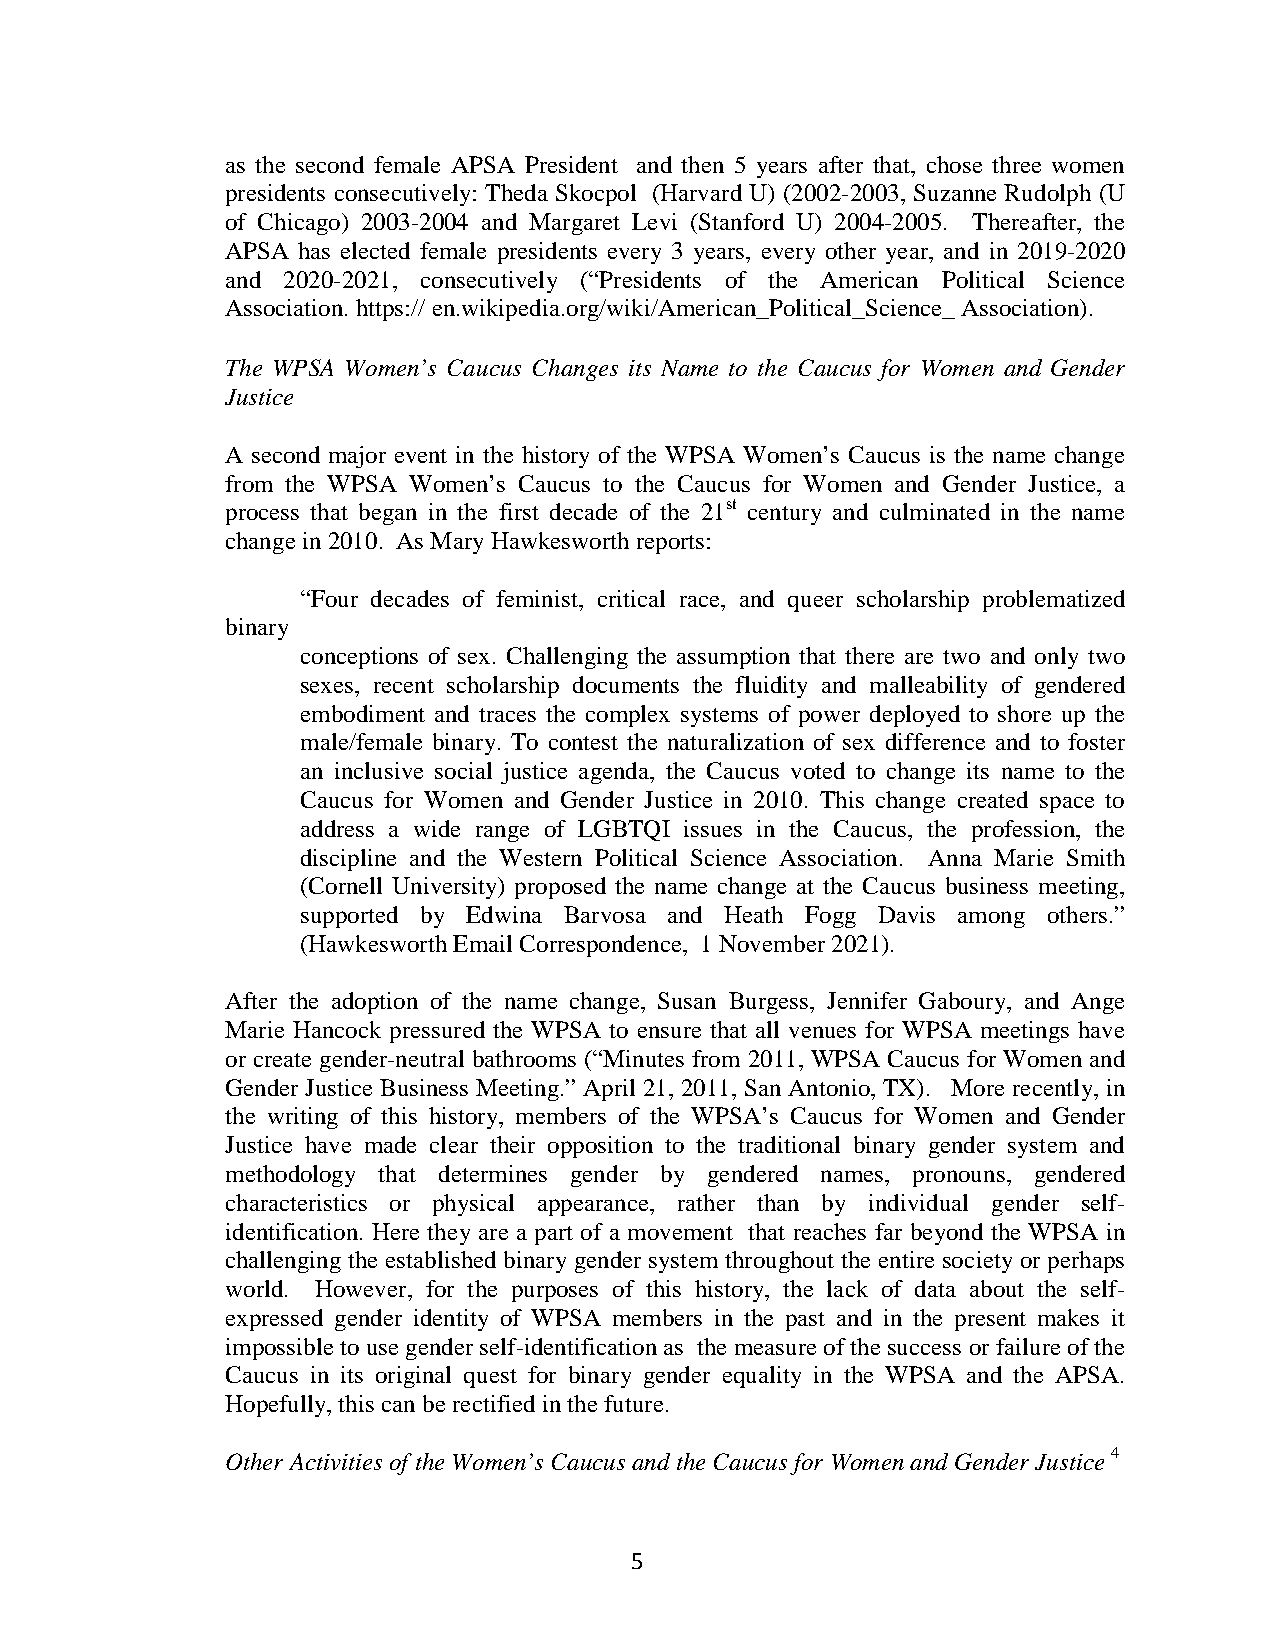
as the second female APSA President and then 5 years after that, chose three women
 presidents consecutively: Theda Skocpol (Harvard U) (2002-2003, Suzanne Rudolph (U
 of Chicago) 2003-2004 and Margaret Levi (Stanford U) 2004-2005. Thereafter, the
 APSA has elected female presidents every 3 years, every other year, and in 2019-2020
 and 2020-2021, consecutively (“Presidents of the American Political Science
 Association. https:// en.wikipedia.org/wiki/American_Political_Science_ Association).
 The WPSA Women’s Caucus Changes its Name to the Caucus for Women and Gender
 Justice
 A second major event in the history of the WPSA Women’s Caucus is the name change
 from the WPSA Women’s Caucus to the Caucus for Women and Gender Justice, a
 process that began in the first decade of the 21st century and culminated in the name
 change in 2010. As Mary Hawkesworth reports:
 “Four decades of feminist, critical race, and queer scholarship problematized
 binary
 conceptions of sex. Challenging the assumption that there are two and only two
 sexes, recent scholarship documents the fluidity and malleability of gendered
 embodiment and traces the complex systems of power deployed to shore up the
 male/female binary. To contest the naturalization of sex difference and to foster
 an inclusive social justice agenda, the Caucus voted to change its name to the
 Caucus for Women and Gender Justice in 2010. This change created space to
 address a wide range of LGBTQI issues in the Caucus, the profession, the
 discipline and the Western Political Science Association. Anna Marie Smith
 (Cornell University) proposed the name change at the Caucus business meeting,
 supported by Edwina Barvosa and Heath Fogg Davis among others.”
 (Hawkesworth Email Correspondence, 1 November 2021).
 After the adoption of the name change, Susan Burgess, Jennifer Gaboury, and Ange
 Marie Hancock pressured the WPSA to ensure that all venues for WPSA meetings have
 or create gender-neutral bathrooms (“Minutes from 2011, WPSA Caucus for Women and
 Gender Justice Business Meeting.” April 21, 2011, San Antonio, TX). More recently, in
 the writing of this history, members of the WPSA’s Caucus for Women and Gender
 Justice have made clear their opposition to the traditional binary gender system and
 methodology that determines gender by gendered names, pronouns, gendered
 characteristics or physical appearance, rather than by individual gender self-
 identification. Here they are a part of a movement that reaches far beyond the WPSA in
 challenging the established binary gender system throughout the entire society or perhaps
 world. However, for the purposes of this history, the lack of data about the self-
 expressed gender identity of WPSA members in the past and in the present makes it
 impossible to use gender self-identification as the measure of the success or failure of the
 Caucus in its original quest for binary gender equality in the WPSA and the APSA.
 Hopefully, this can be rectified in the future.
 Other Activities of the Women’s Caucus and the Caucus for Women and Gender Justice 4
 5